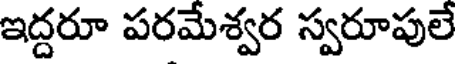
ఇద్దరూ పరమేశ్వర స్వరూపులే